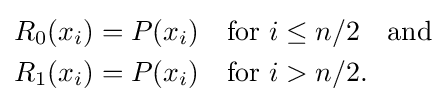
{\begin{aligned}R_{0}(x_{i})&=P(x_{i})\quad {\text{for }}i\leq n/2\quad {\text{and}}\\R_{1}(x_{i})&=P(x_{i})\quad {\text{for }}i>n/2.\end{aligned}}